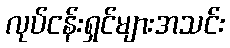
လုပ်ငန်းရှင်များအသင်း